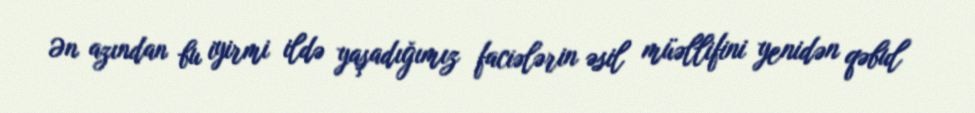
Ən azından bu iyirmi ildə yaşadığımız faciələrin əsil müəllifini yenidən qəbul